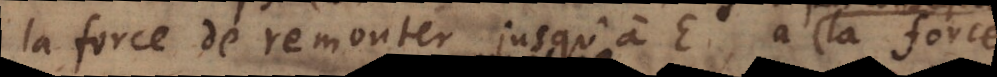
la force de remonter jusqu’à C, a la force